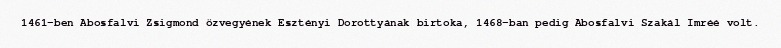
1461-ben Abosfalvi Zsigmond özvegyének Esztényi Dorottyának birtoka, 1468-ban pedig Abosfalvi Szakál Imréé volt.